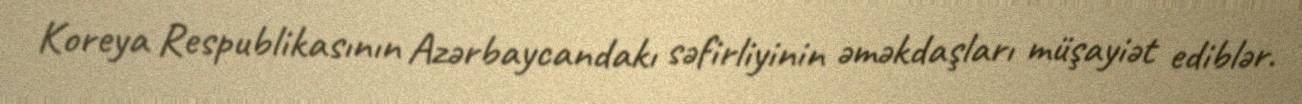
Koreya Respublikasının Azərbaycandakı səfirliyinin əməkdaşları müşayiət ediblər.